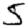
Digit: 5